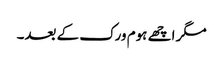
مگر اچھے ہوم ورک کے بعد۔